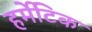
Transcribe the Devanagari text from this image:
हर्मेटिक